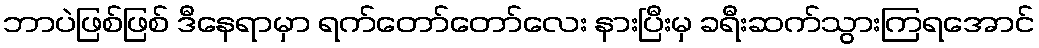
ဘာပဲဖြစ်ဖြစ် ဒီနေရာမှာ ရက်တော်တော်လေး နားပြီးမှ ခရီးဆက်သွားကြရအောင်